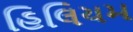
હિલિયમ